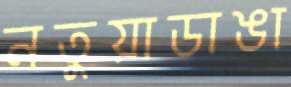
নতুয়াডাঙা